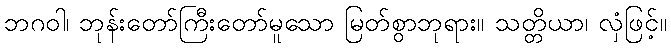
ဘဂဝါ၊ ဘုန်းတော်ကြီးတော်မူသော မြတ်စွာဘုရား။ သတ္တိယာ၊ လှံဖြင့်။